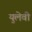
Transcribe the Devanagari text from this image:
युलेवी